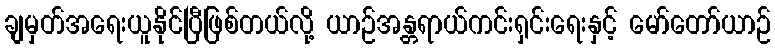
ချမှတ်အရေးယူနိုင်ပြီဖြစ်တယ်လို့ ယာဉ်အန္တရာယ်ကင်းရှင်းရေးနှင့် မော်တော်ယာဉ်